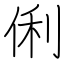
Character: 俐